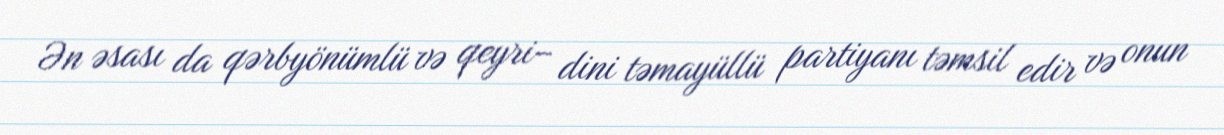
Ən əsası da qərbyönümlü və qeyri– dini təmayüllü partiyanı təmsil edir və onun